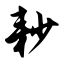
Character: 耖